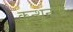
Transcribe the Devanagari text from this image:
कुन्थूनाथ